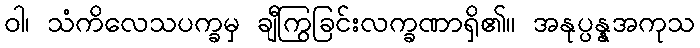
ဝါ၊ သံကိလေသပက္ခမှ ချီကြွခြင်းလက္ခဏာရှိ၏။ အနုပ္ပန္နအကုသ